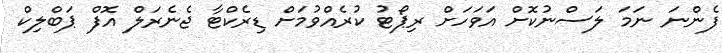
ފެންނަ ނަމަ ލަސްނުކޮށް އަވަހަށް ރިޕޯޓު ކުރެއްވުމަށް ޑިރެކްޓާ ޖެނެރަލް އޮފް ޕަބްލިކް